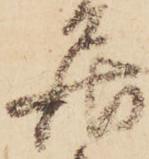
居